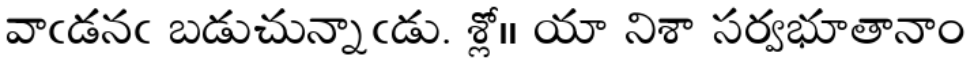
వాఁడనఁ బడుచున్నాఁడు. శ్లో॥ యా నిశా సర్వభూతానాం